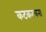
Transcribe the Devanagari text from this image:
कटकरचना